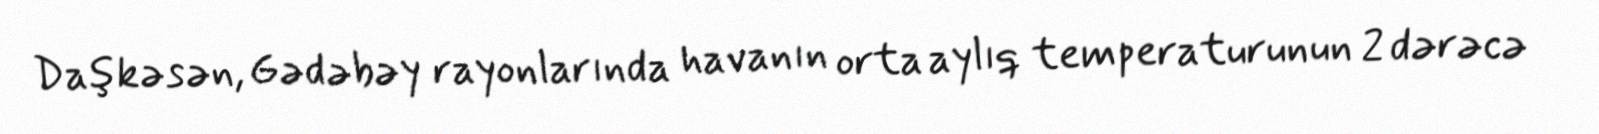
Daşkəsən, Gədəbəy rayonlarında havanın orta aylıq temperaturunun 2 dərəcə